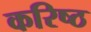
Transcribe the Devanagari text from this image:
करिष्ठ